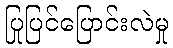
ပြုပြင်ပြောင်းလဲမှု